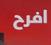
افرح